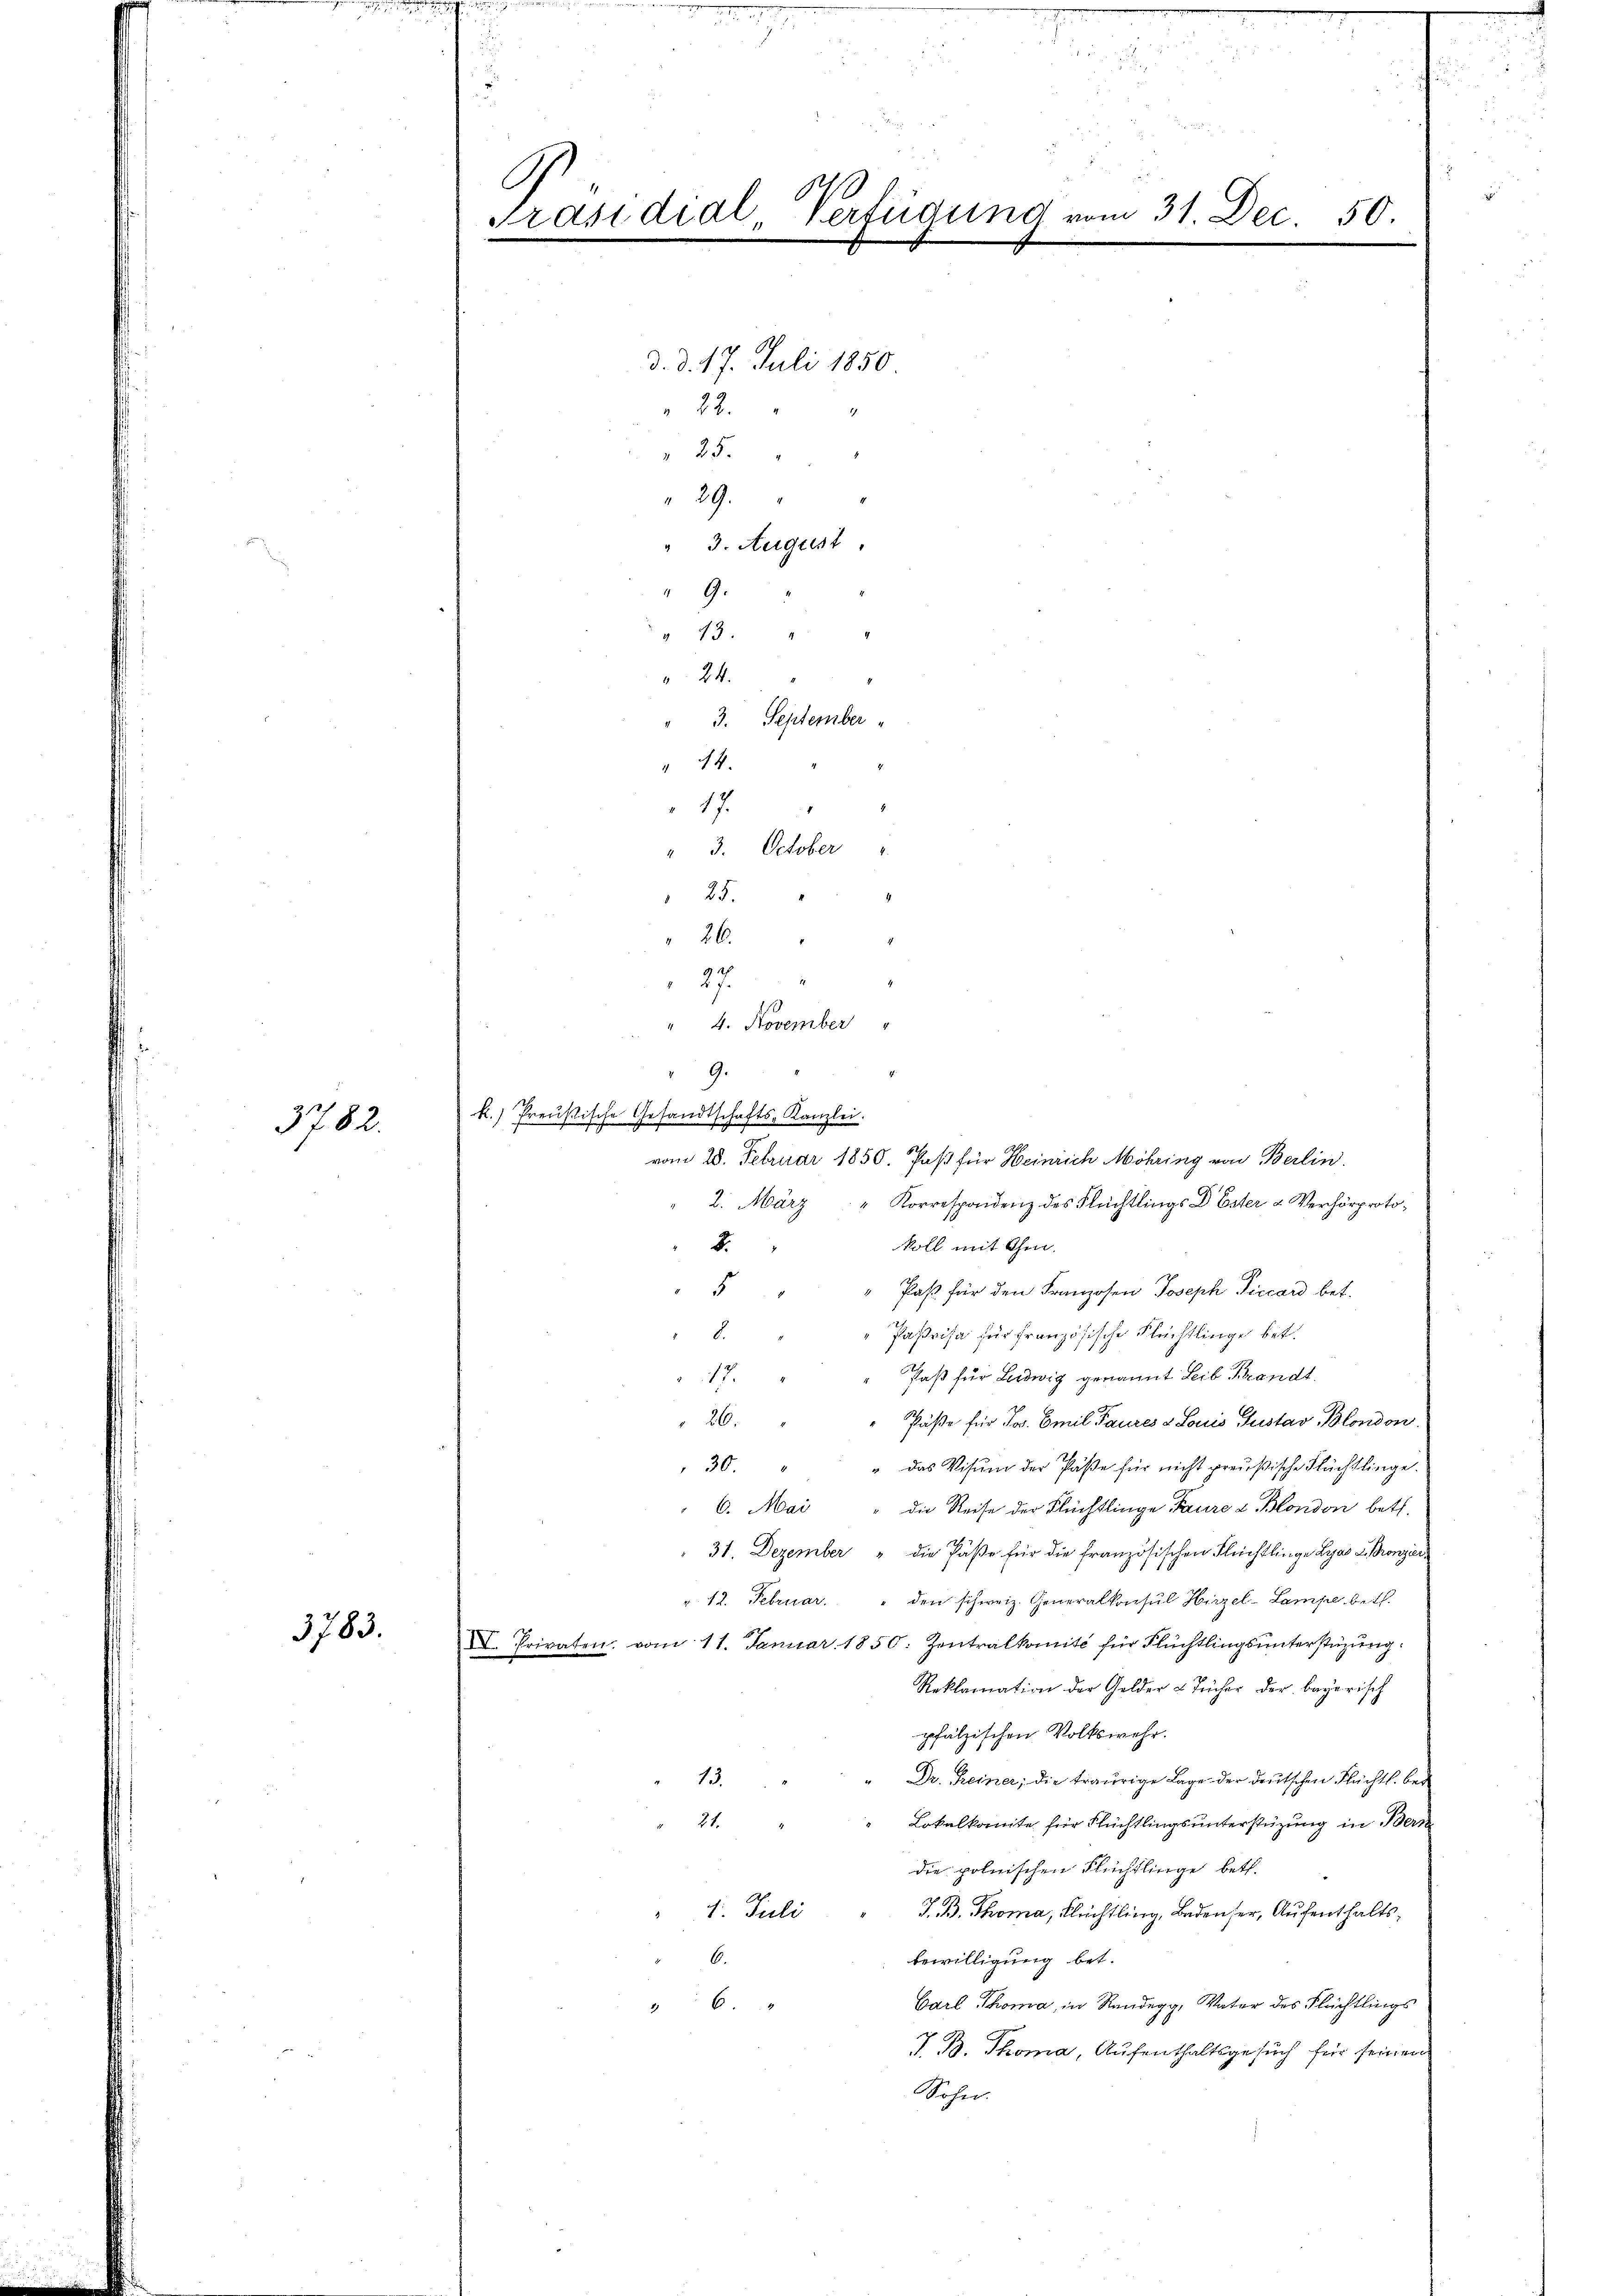
3782.

3783.

.
Präsidial Verfügung vom 31. Dec. 50.
.

9.
k.) Preußische Gesandtschafts-Kanzlei.

d. d. 17. Juli 1850
22.
25.
29.
" 3. August
9.

43. "
24.
" 3. September
" 44.
17.
" 3. October
25.
26.
27.
4. November "
vom 28. Februar 1850. Paß für Heinrich Möhring von Berlin.
2. März " Korrespondenz des Flüchtlings Dr Ester u. Verhörprotokoll mit Ohm.
2.
5
Paß für den Franzosen Joseph Piccard bet.
Pasvisa für französische Flüchtlinge bet
d.
Faß für Ludwig genannt Leib Brandt.
17.
26. " " Päße für Jos. Emil Paures & Louis Gustav Blondon.
30.
" das Visum der Päße für nicht preußische Flüchtlinge.
" 6. Mai " die Reise der Flüchtlinge Taure & Blondon betr.
31. Dezember " die Päße für die französischen Flüchtlinge Lyas Bronzeiv. 12. Februar. " den schweiz. Generalkonsul Hirzel-Lampe betr.
XI. Privaten. vom 11. Januar 1850. Zentralkomité für Flüchtlingsŭnterstüzung.
Reklamation der Gelder & Tücher der bayerisch
pfälzischen Volkswahr.
Dr. Reiner; die traurige Lage der deutschen Flüchtl. bei
13.
21.
Lokalkomite für Flüchtlingsunterstüzung in Bern
die polnischen Flüchtlinge beth.
1. Juli " J. B. Thoma, Flüchtling, Badenser, Aufenthalts¬
6
bewilligung bet.
Carl Thoma, in Randegg, Vater des Flüchtlings
6
I B. Thoma, Aufenthaltsgesuch für seinen
Sohn.